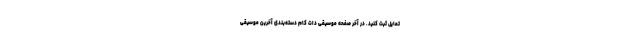
تمایل ثبت کنید. در آخر صفحه موسیقی دات کام دسته‌بندی آخرین موسیقی